Lyperosia minuta, Bezzi - Number 59
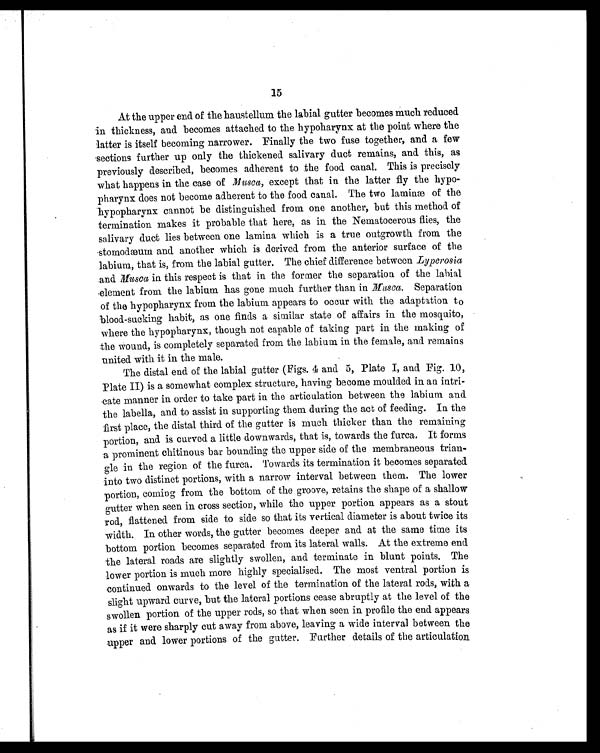
15
At the upper end of the haustellum the labial gutter becomes much reduced
in thickness, and becomes attached to the hypoharynx at the point where the
latter is itself becoming narrower. Finally the two fuse together, and a few
sections further up only the thickened salivary duct remains, and this, as
previously described, becomes adherent to the food canal. This is precisely
what happens in the case of Musca, except that in the latter fly the hypo-
pharynx does not become adherent to the food canal. The two laminæ of the
hypopharynx cannot be distinguished from one another, but this method of
termination makes it probable that here, as in the Nematocerous flies, the
salivary duct lies between one lamina which is a true outgrowth from the
s t o m o d æ u m a n d a n o t h e r w h i c h i s d e r i v e d f r o m t h e a n t e r i o r s u r f a c e o f t h e
labium, that is, from the labial gutter. The chief difference between Lyperosia
and Muscai n t h i s r e s p e c t i s t h a t i n t h e f o r m e r t h e s e p a r a t i o n o f t h e l a b i a l
element from the labium has gone much further than in Musca. Separation
of the hypopharynx from the labium appears to occur with the adaptation to
blood-sucking habit, as one finds a similar state of affairs in the mosquito,
where the hypopharynx, though not capable of taking part in the making of
the wound, is completely separated from the labium in the female, and remains
united with it in the male.
The distal end of the labial gutter (Figs. 4 and 5, Plate I, and Fig. 10,
Plate II) is a somewhat complex structure, having become moulded in an intri
- c a t e m a n n e r i n o r d e r t o t a k e p a r t i n t h e a r t i c u l a t i o n b e t w e e n t h e l a b i u m a n d .
the labella, and to assist in supporting them during the act of feeding. In the
first place, the distal third of the gutter is much thicker than the remaining
portion, and is curved a little downwards, that is, towards the furca. It forms
a prominent chitinous bar bounding the upper side of the membraneous trian
- g l e i n t h e r e g i o n o f t h e f u r c a . T o w a r d s i t s t e r m i n a t i o n i t b e c o m e s s e p a r a t e d
into two distinct portions, with a narrow interval between them. The lower
portion, coming from the bottom of the groove, retains the shape of a shallow
gutter when seen in cross section, while the upper portion appears as a stout
rod, flattened from side to side so that its vertical diameter is about twice its
width. In other words, the gutter becomes deeper and at the same time its
bottom portion becomes separated from its lateral walls. At the extreme end
the lateral roads are slightly swollen, and terminate in blunt points. The
lower portion is much more highly specialised. The most ventral portion is
continued onwards to the level of the termination of the lateral rods, with a
slight upward curve, but the lateral portions cease abruptly at the level of the
swollen portion of the upper rods, so that when seen in profile the end appears
as if it were sharply cut away from above, leaving a wide interval between the
upper and lower portions of the gutter. Further details of the articulation